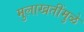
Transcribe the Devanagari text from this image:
मुलाखतींमुळे